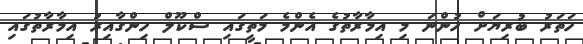
ހަތަރު ބުރިޔަށް ހުންނަ މި އިމާރާތުގެ އެންމެ މަތީގައި ސްކޫލް ހިންގާއިރު އިމާރާތުގައި